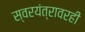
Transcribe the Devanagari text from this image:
स्वरयंत्रावरही